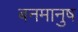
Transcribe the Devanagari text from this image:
बनमानुष